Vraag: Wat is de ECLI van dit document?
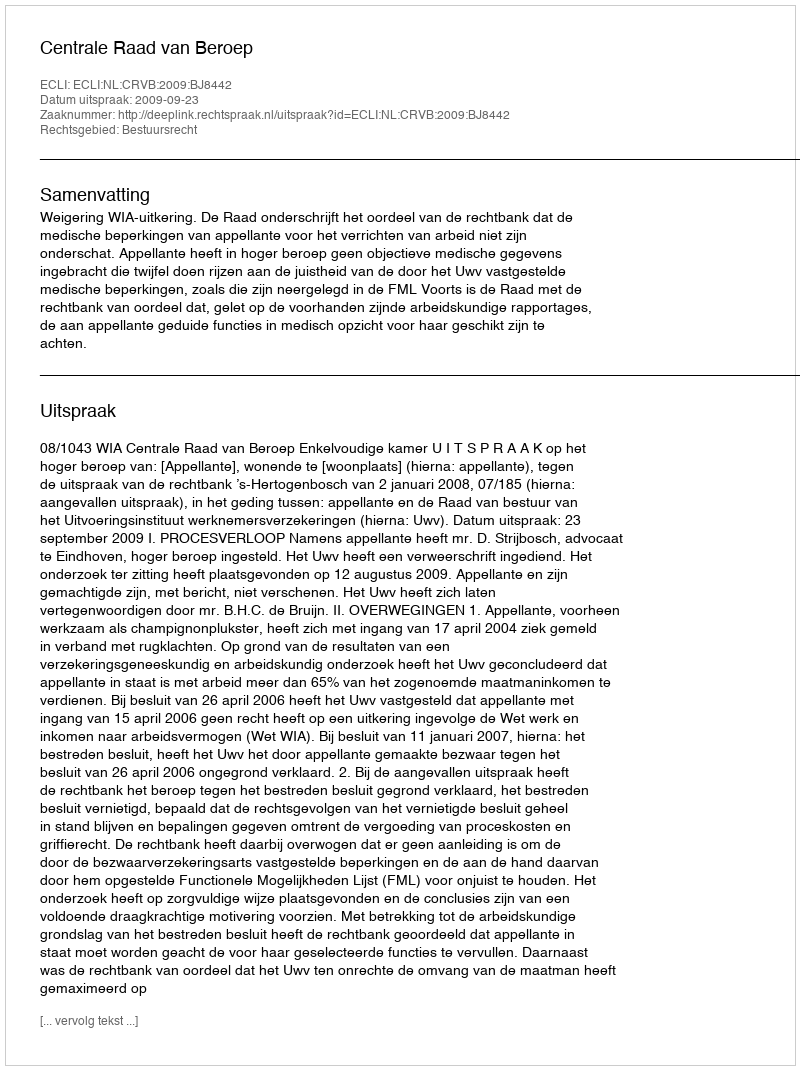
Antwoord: ECLI:NL:CRVB:2009:BJ8442